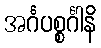
အင်္ဂပစ္စင်္ဂါနိ